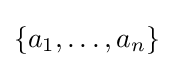
\left\{{a_{1},\ldots ,a_{n}}\right\}